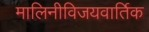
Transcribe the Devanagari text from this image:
मालिनीविजयवार्तिक